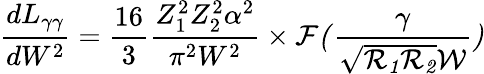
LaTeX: {\frac{dL_{\gamma\gamma}}{dW^{2}}}={\frac{16}{3}}{\frac{Z_{1}^{2}Z_{2}^{2}\alpha^{2}}{\pi^{2}W^{2}}}\times\cal{F}({\frac{\gamma}{\sqrt{R_{1}R_{2}}W}})